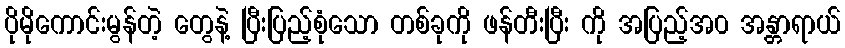
ပိုမိုကောင်းမွန်တဲ့ တွေနဲ့ ပြီးပြည့်စုံသော တစ်ခုကို ဖန်တီးပြီး ကို အပြည့်အ၀ အန္တာရာယ်